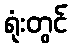
ရုံးတွင်